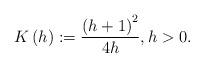
LaTeX: \begin{align*}K\left( h\right) :=\frac{\left( h+1\right) ^{2}}{4h},h>0. \end{align*}